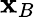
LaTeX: \mathbf{x}_{B}